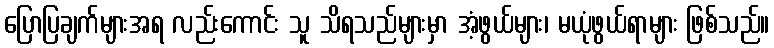
ပြောပြချက်များအရ လည်းကောင်း သူ သိရသည်များမှာ အံ့ဖွယ်များ၊ မယုံဖွယ်ရာများ ဖြစ်သည်။